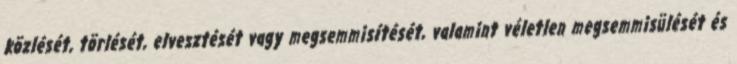
közlését, törlését, elvesztését vagy megsemmisítését, valamint véletlen megsemmisülését és